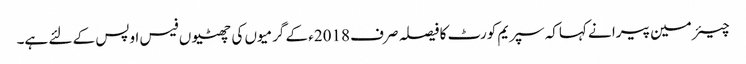
چیئر مین پیرا نے کہاکہ سپریم کورٹ کا فیصلہ صرف 2018ء کے گرمیوں کی چھٹیوں فیس اوپس کے لئے ہے۔